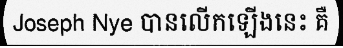
Joseph Nye បានលើកឡើងនេះ គឺ